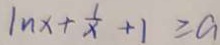
1 n x + \frac { 1 } { x } + 1 \geq a